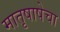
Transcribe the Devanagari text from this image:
मातृषाषेचा